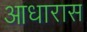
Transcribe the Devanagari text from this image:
आधारास